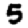
Digit: 5